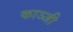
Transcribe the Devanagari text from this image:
काञ्जी